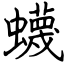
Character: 蠛